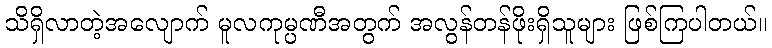
သိရှိလာတဲ့အလျောက် မူလကုမ္ပဏီအတွက် အလွန်တန်ဖိုးရှိသူများ ဖြစ်ကြပါတယ်။